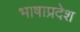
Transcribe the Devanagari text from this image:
भाषाप्रदेश